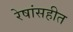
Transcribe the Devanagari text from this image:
रेषांसहीत